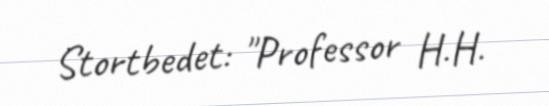
Stortbedet: "Professor H.H.